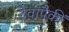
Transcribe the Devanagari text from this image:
देवांपैकीं